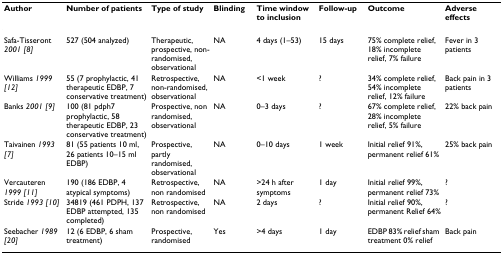
| Author | Number of patients | Type of study | Blinding | Time window to inclusion | Follow-up | Outcome | Adverse effects |
 | --- | --- | --- | --- | --- | --- | --- | --- |
 | Safa-Tisseront 2001 [8] | 527 (504 analyzed) | Therapeutic, prospective, non-randomised, observational | NA | 4 days (1–53) | 15 days | 75% complete relief, 18% incomplete relief, 7% failure | Fever in 3 patients |
 | Williams 1999 [12] | 55 (7 prophylactic, 41 therapeutic EDBP, 7 conservative treatment) | Retrospective, non-randomised, observational | NA | <1 week | ? | 34% complete relief, 54% incomplete relief, 12% failure | Back pain in 3 patients |
 | Banks 2001 [9] | 100 (81 pdph7 prophylactic, 58 therapeutic EDBP, 23 conservative treatment) | Prospective, non randomised, observational | NA | 0–3 days | ? | 67% complete relief, 28% incomplete relief, 5% failure | 22% back pain |
 | Taivainen 1993 [7] | 81 (55 patients 10 ml, 26 patients 10–15 ml EDBP) | Prospective, partly randomised, observational | NA | 0–10 days | 1 week | Initial relief 91%, permanent relief 61% | 25% back pain |
 | Vercauteren 1999 [11] | 190 (186 EDBP, 4 atypical symptoms) | Retrospective, non randomised | NA | >24 h after symptoms | 1 day | Initial relief 99%, permanent relief 73% | ? |
 | Stride 1993 [10] | 34819 (461 PDPH, 137 EDBP attempted, 135 completed) | Retrospective, non randomised | NA | 2 days | ? | Initial relief 90%, permanent Relief 64% | ? |
 | Seebacher 1989 [20] | 12 (6 EDBP, 6 sham treatment) | Prospective, randomised | Yes | >4 days | 1 day | EDBP 83% relief sham treatment 0% relief | Back pain |